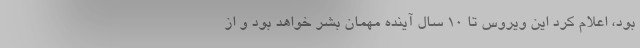
بود، اعلام کرد این ویروس تا 10 سال آینده مهمان بشر خواهد بود و از